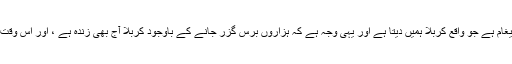
ظالم یعنی باطل کو ایک نہ ایک دن ماضی کا حصہ بننا ہی ہوتا ہے یہی وہ پیغام ہے جو واقع کربلا ہمیں دیتا ہے اور یہی وجہ ہے کہ ہزاروں برس گزر جانے کے باوجود کربلا آج بھی زندہ ہے ، اور اس وقت تک رہے گا جب تک امام حسین ؑ کا مقدس پیغام سننے والے باقی رہیں گے۔